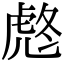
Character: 𧆼